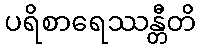
ပရိစာရေဿန္တီတိ